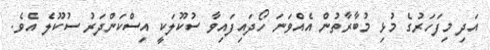
އަދި މިފަހަރުގެ މުޅި މުބާރާތުން އެއްވަނަ ހޯދައިފައިވާ ސުކޫލަކީ އިސްކަންދަރު ސުކޫލެ އެވެ.